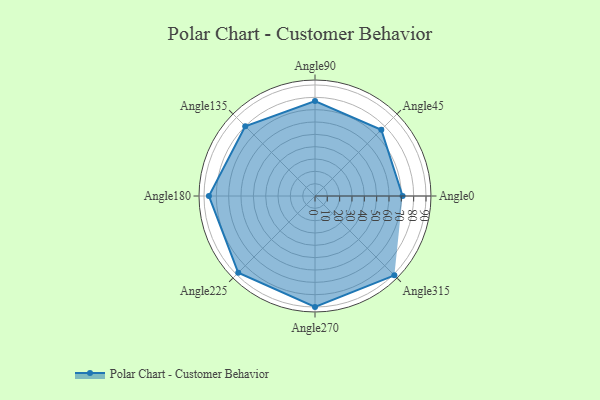
{"axis": {"x": "Angle", "y": "Radius"}, "legend": [""], "data": [{"x": "Angle0", "y": 71.0, "type": ""}, {"x": "Angle45", "y": 76.0, "type": ""}, {"x": "Angle90", "y": 77.0, "type": ""}, {"x": "Angle135", "y": 80.0, "type": ""}, {"x": "Angle180", "y": 86.0, "type": ""}, {"x": "Angle225", "y": 88.0, "type": ""}, {"x": "Angle270", "y": 90.0, "type": ""}, {"x": "Angle315", "y": 91.0, "type": ""}]}